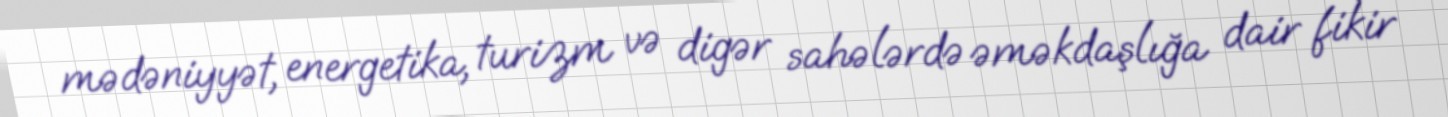
mədəniyyət, energetika, turizm və digər sahələrdə əməkdaşlığa dair fikir